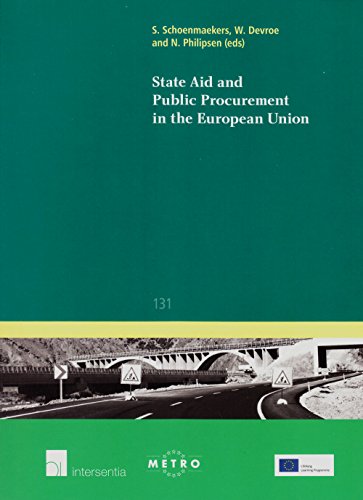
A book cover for State Aid and Public Procurement in the European Union (Ius Commune Europaeum); Law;